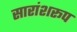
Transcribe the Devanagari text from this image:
सारांशरूप